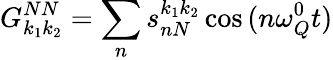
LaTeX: G_{k_{1}k_{2}}^{NN}=\sum_{n}s_{nN}^{k_{1}k_{2}}\cos{(n\omega_{Q}^{0}t)}